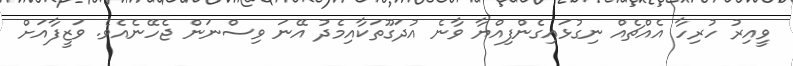
ވީއިރު ހުރިހާ އެއްޗެއް ނިގުޅައިގެންފިއްޔާ ވާނެ އުދަގޫތަކާއިމެދު އޭނަ ވިސްނަން ޖެހޭނެއެވެ. ވަޒީފާއަށް